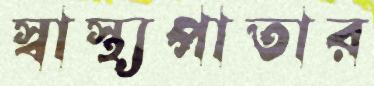
স্বাস্থ্যপাতার